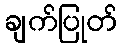
ချက်ပြုတ်